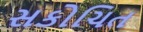
સકોચિત